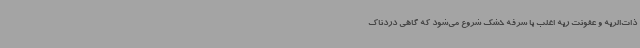
ذات‌الریه و عفونت ریه اغلب با سرفه خشک شروع می‌شود که گاهی دردناک